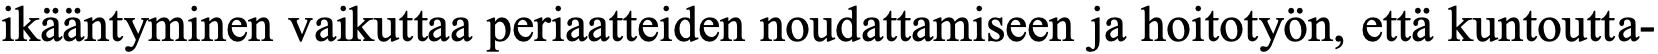
ikääntyminen vaikuttaa periaatteiden noudattamiseen ja hoitotyön, että kuntoutta-